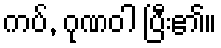
ကပ်, ဂုဏဝါ ပြီး၏။